Leaving Certificate Examination, 1916
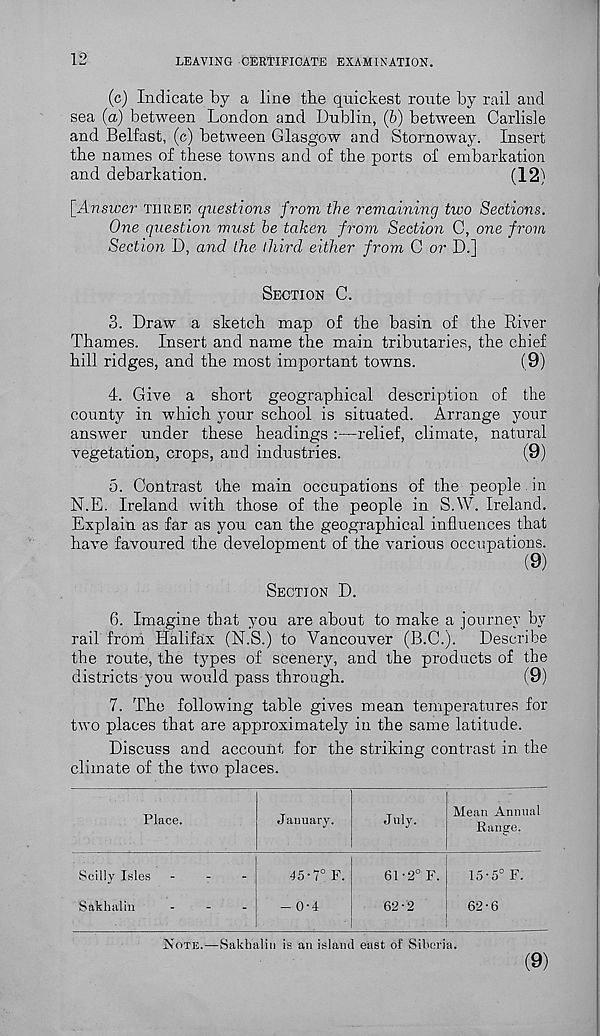
12
LEAVING CERTIFICATE EXAMINATION.
(c) Indicate by a line the quickest route by rail and
sea (a) between London and Dublin, (6) between Carlisle
and Belfast, (c) between Glasgow and Stornoway. Insert
the names of these towns and of the ports of embarkation
and debarkation.
(12)
[Answer THREE questions from the remaining two Sections.
One question must he taken from Section C, one from
Section D, and the third either from C or D.]
SECTION C.
3.
Draw a sketch map of t
Thames. Insert and name the main tributaries, the chief
hill ridges, and the most important towns.
(9)
4. Give a short geographical description of the
county in which your school is situated. Arrange your
answer under these headings :—relief, climate, natural
vegetation, crops, and industries.
(9)
5. Contrast the main occupations of the people in
N.E. Ireland with those of the people in S.W. Ireland.
Explain as far as you can the geographical influences that
have favoured the development of the various occupations.
(9)
SECTION D.
6. Imagine that you are about to make a journey by
rail from Halifax (N.S.) to Vancouver (B.C.). Describe
the route, the types of scenery, and the products of the
districts you would pass through.
(9)
7. The following table gives mean temperatures for
two places that are approximately in the same latitude.
Discuss and account for the striking contrast in the
climate of the two places.
Place.
January.
July.
Mean Annual
Range.
Scilly Isles
Sakhalin
45-7° F.
- 0-4
61-
62-
15-5 0 F.
62-6
NOTE.—Sakhalin is an island east of Siberia.
(9)